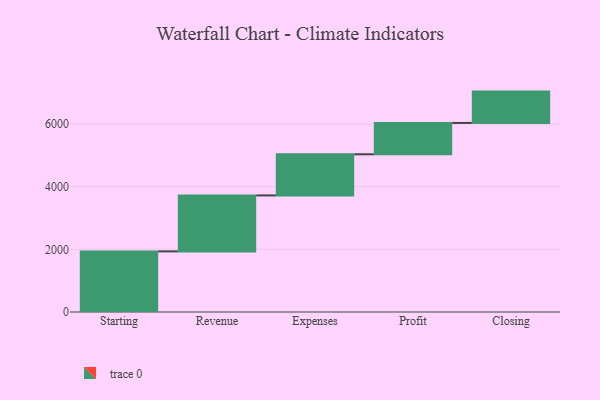
{"axis": {"x": "Step", "y": "Value"}, "legend": [""], "data": [{"x": "Starting", "y": 1934.0, "type": ""}, {"x": "Revenue", "y": 1785.0, "type": ""}, {"x": "Expenses", "y": 1312.0, "type": ""}, {"x": "Profit", "y": 1000, "type": ""}, {"x": "Closing", "y": 1000, "type": ""}]}